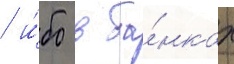
/ и́бо в ба́нках